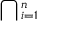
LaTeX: \bigcap { } _ { i = 1 } ^ { n }